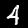
Digit: 4